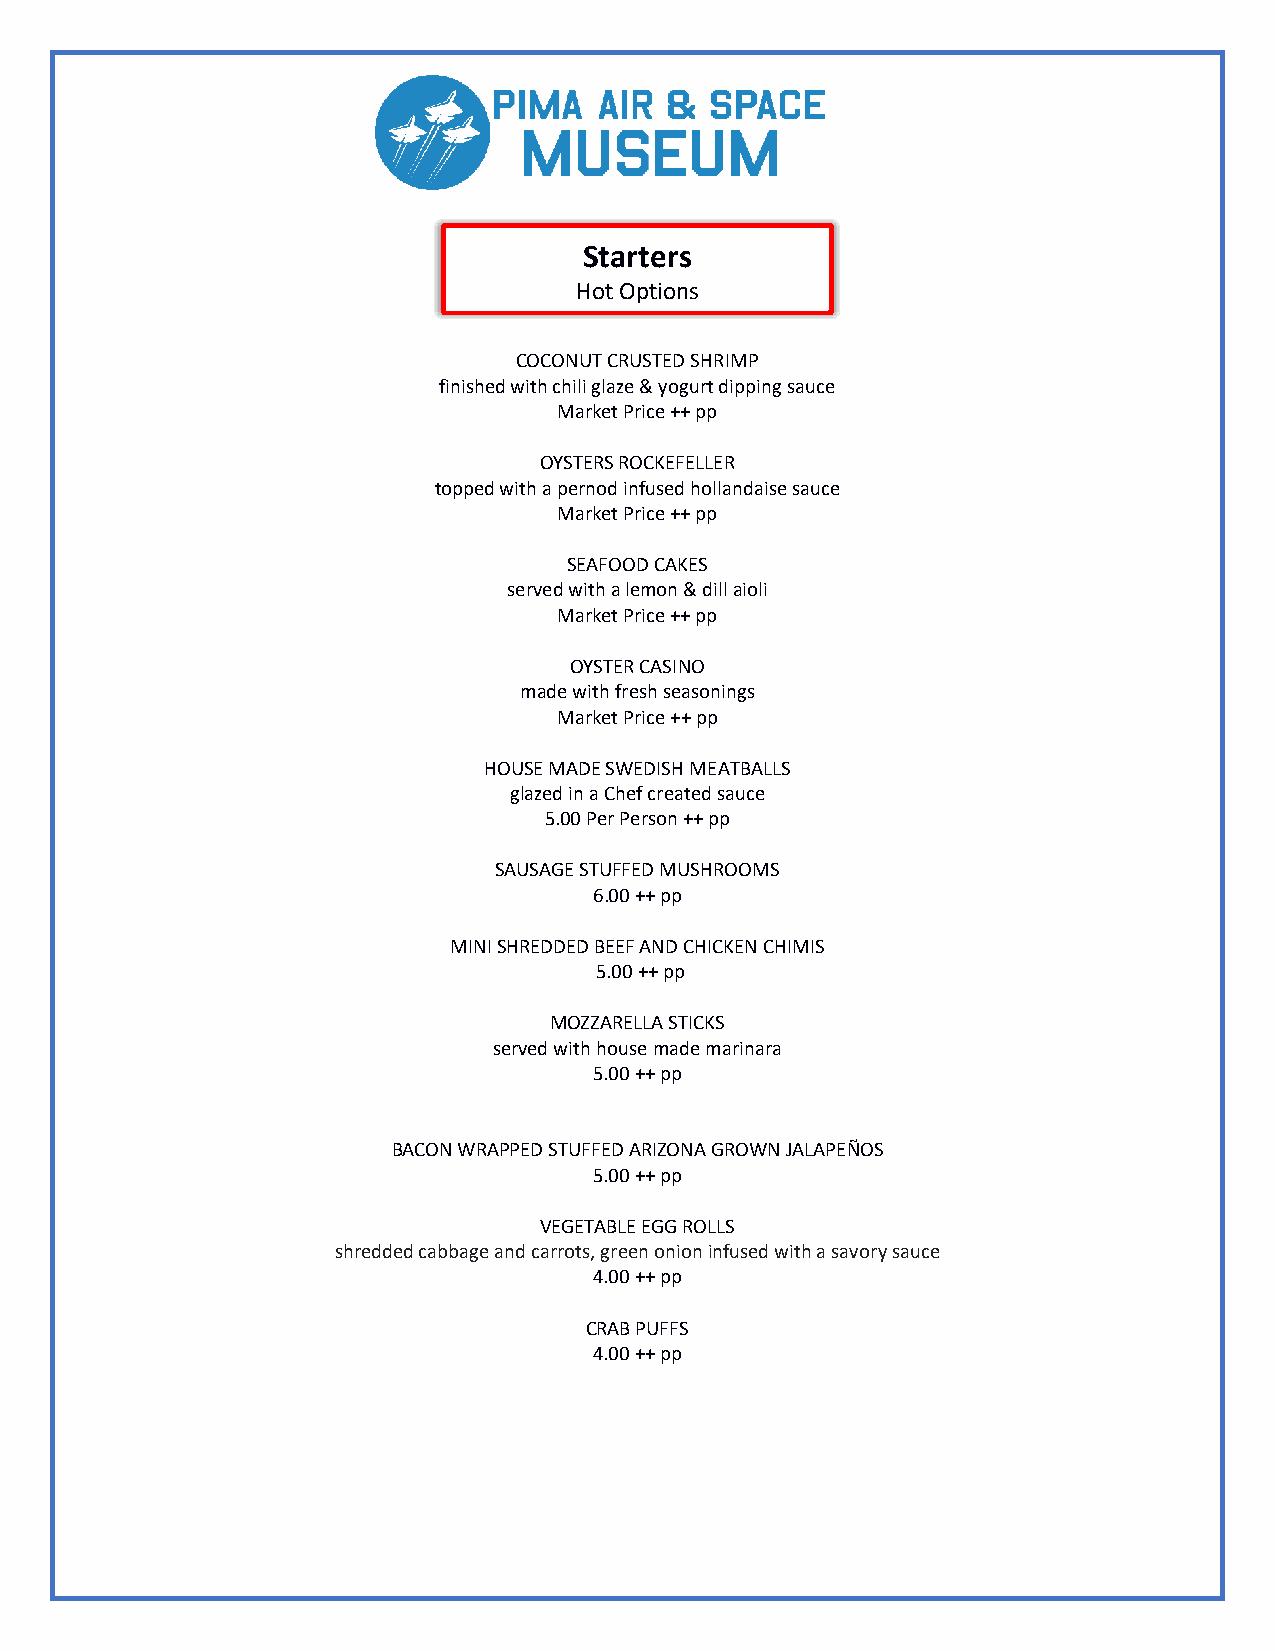
Starters
 Hot Options
 COCONUT CRUSTED SHRIMP
 finished with chili glaze & yogurt dipping sauce
 Market Price ++ pp
 OYSTERS ROCKEFELLER
 topped with a pernod infused hollandaise sauce
 Market Price ++ pp
 SEAFOOD CAKES
 served with a lemon & dill aioli
 Market Price ++ pp
 OYSTER CASINO
 made with fresh seasonings
 Market Price ++ pp
 HOUSE MADE SWEDISH MEATBALLS
 glazed in a Chef created sauce
 5.00 Per Person ++ pp
 SAUSAGE STUFFED MUSHROOMS
 6.00 ++ pp
 MINI SHREDDED BEEF AND CHICKEN CHIMIS
 5.00 ++ pp
 MOZZARELLA STICKS
 served with house made marinara
 5.00 ++ pp
 BACON WRAPPED STUFFED ARIZONA GROWN JALAPEÑOS
 5.00 ++ pp
 VEGETABLE EGG ROLLS
 shredded cabbage and carrots, green onion infused with a savory sauce
 4.00 ++ pp
 CRAB PUFFS
 4.00 ++ pp